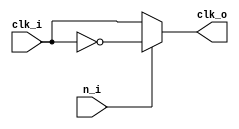
module iob_clkbuf (
   input  clk_i,
   input  n_i,
   output clk_o
);

   wire clk_int = n_i ? ~clk_i : clk_i;

`ifdef XILINX
   BUFG BUFG_inst (
      .I(clk_int),
      .O(clk_o)
   );
`else
   assign clk_o = clk_int;
`endif

endmodule